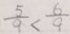
\frac { 5 } { 9 } < \frac { 6 } { 9 }